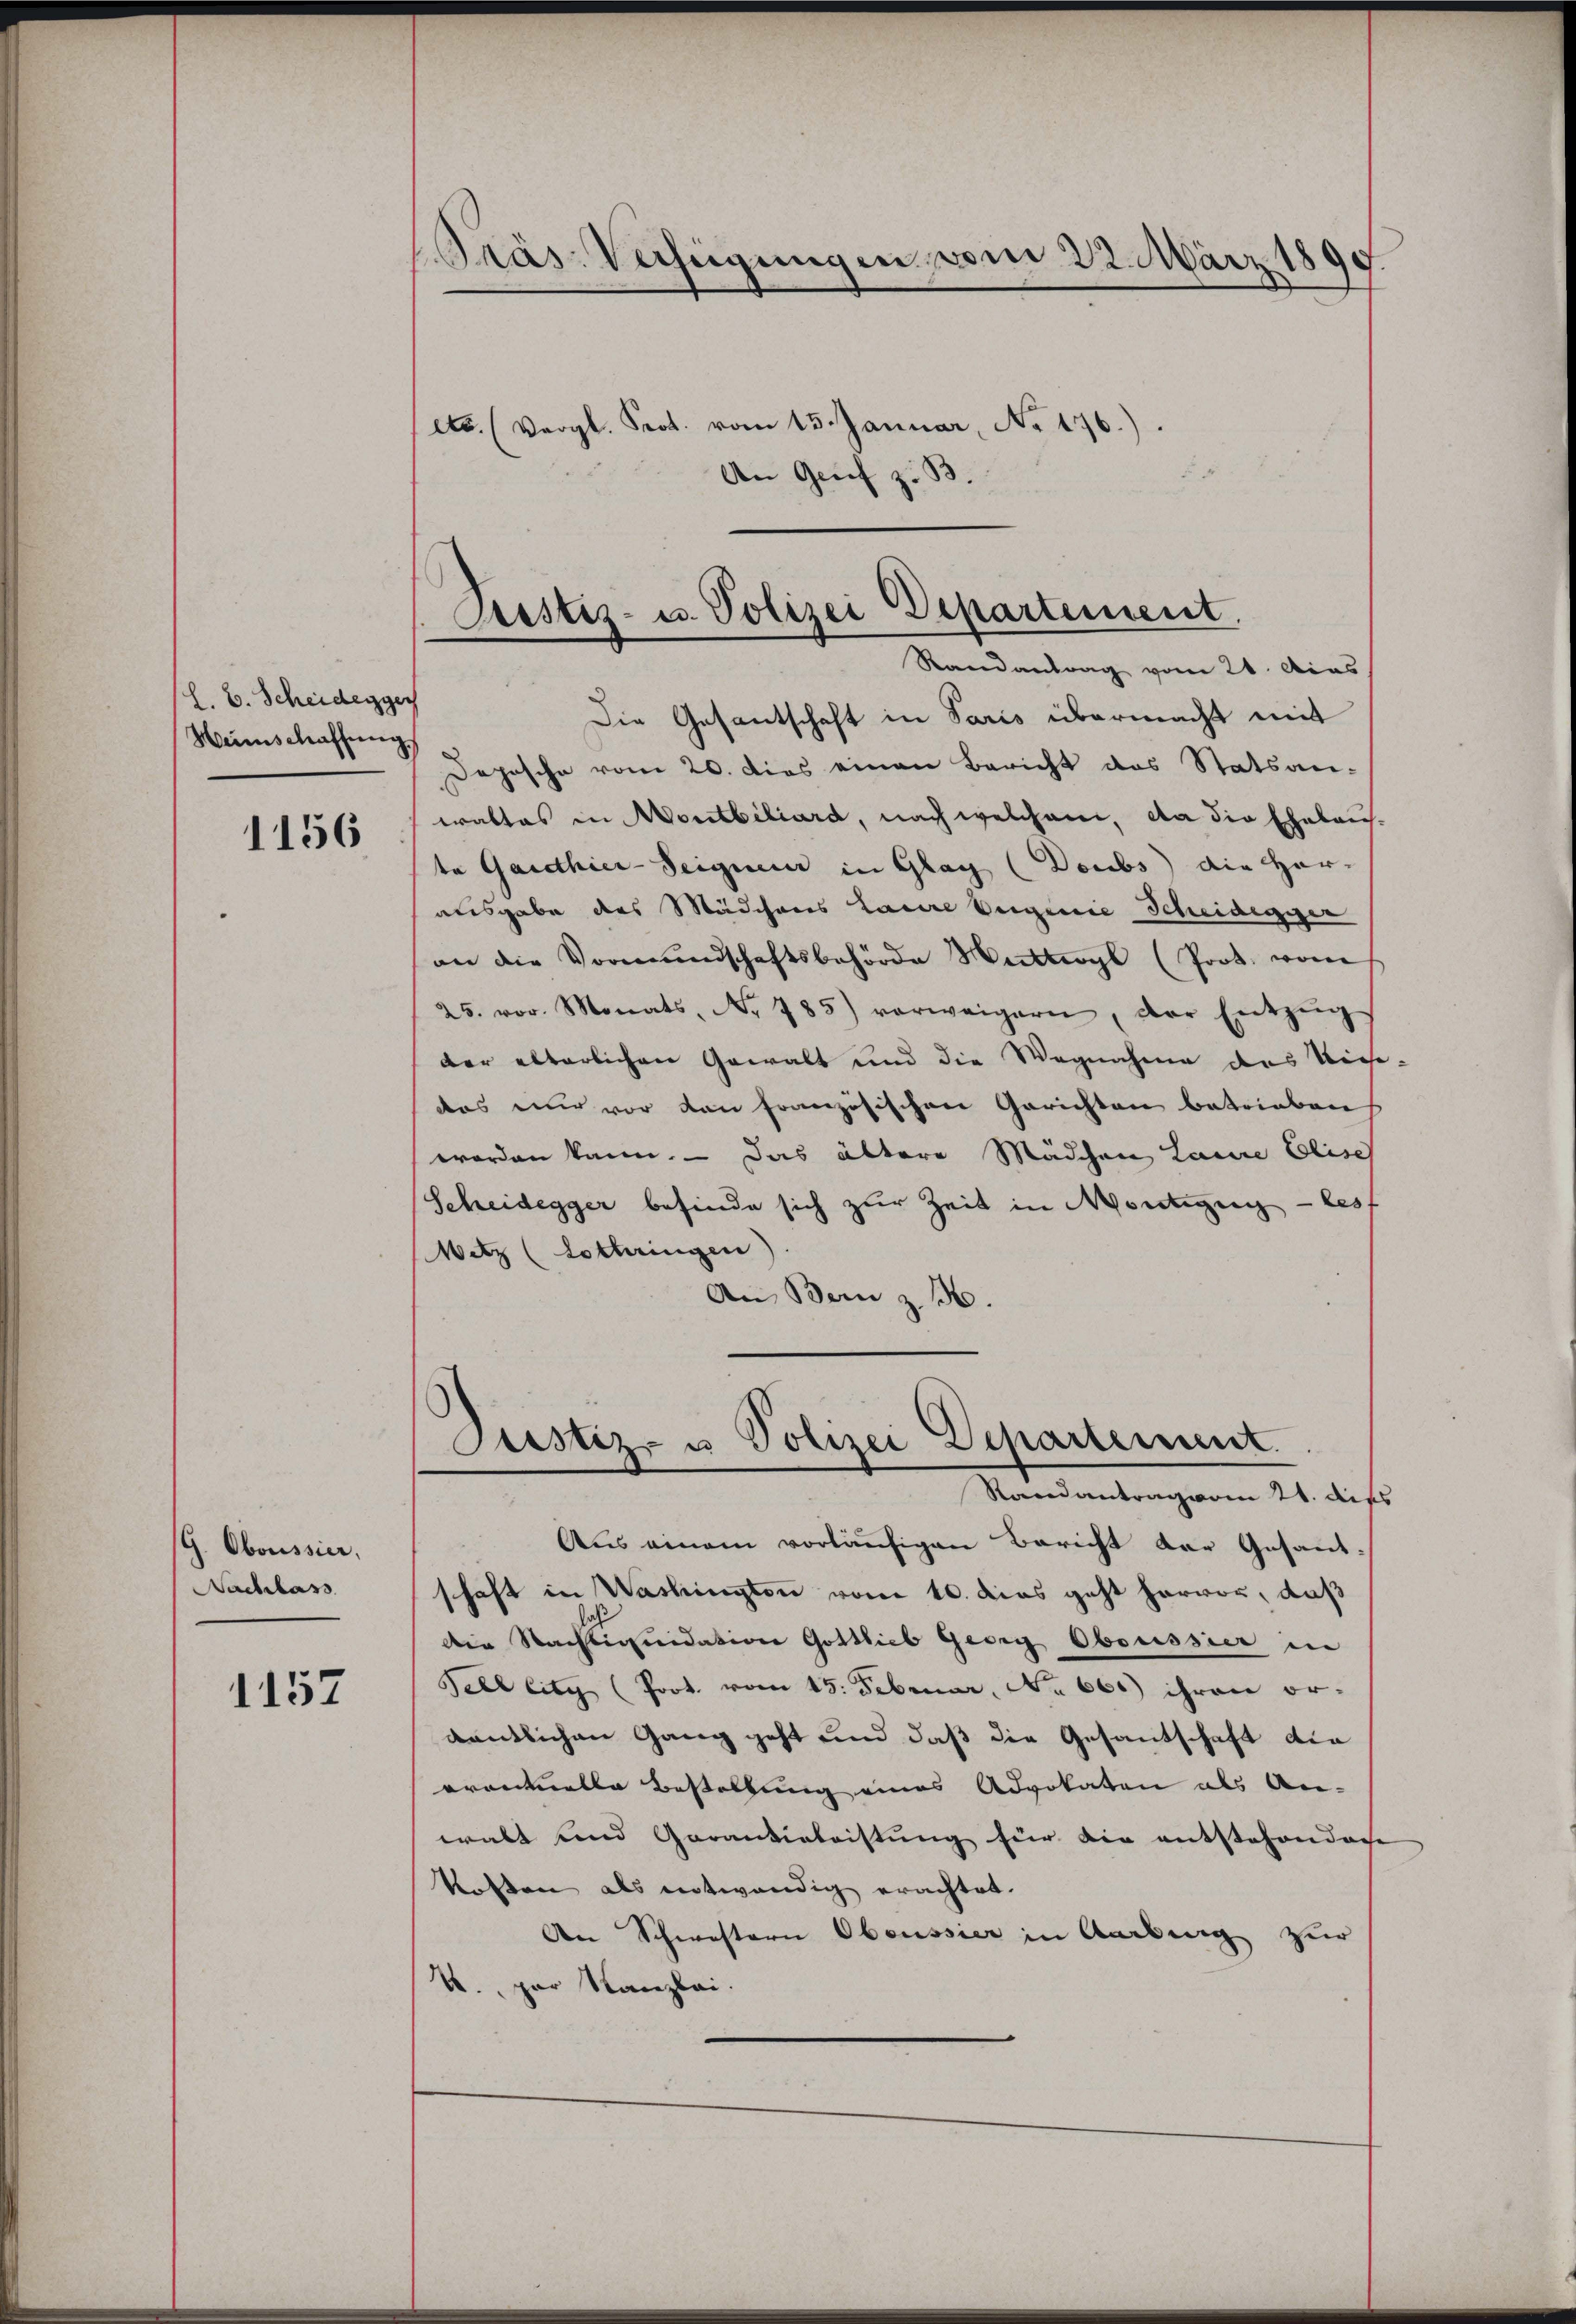
l. B. Scheidegger
Heimschaffung

1156

G. Oboussier,
Nachlass

1157

PGräs: Verfügungen vom 22. März 1899

ets. (Vergl. Prot. vom 15. Januar, No 176.)
2
An Grif z. B.

Pustiz- u. Polizei Departement.
Randantrag vom 21. Acas

Die Gesantschaft in Paris übermacht mit
Depesche vom 20. Dies einen Bericht das Statsan-
waltes in Montbiliard, nach welchem, da die Ehelaus-
te Garethier-Seigneur in Glag (Doubs die Herausgabe das Mädchens Laure Verginie Scheidegier
an die Vormŭndschaftsbehörde Mittwyl (Prot. vom
25. vor. Monats Nr. 785) vorweigern, der Entzŭg
der alterlichen Gewalt und die Wegnahme des Vice-
das nur vor den französischen Gerichten betrieben
worden kann. — Das ältere Mädchen Laure Elisch
Scheidegger befinde sich zur Zeit in Mortigung — les
Witz (Lothringen)
An Bern z. B.
Justiz- u Polizei Departement
Randantrag vom 21. dies
Aus einem vorläufigen Bericht der Gesant
schaft in Washington vom 10. dies geht hervor, daß
die Sachstiquidation Gottlieb Georg Oboussier in
Tell Eity (Prot. vom 15. Februar, No 66) ihren or-
dentlichen Gang geht und daß die Gesantschaft die
vrancelle Bestellung eines Advokaten als An-
walt und Garantieleistung für die entstehendoce
kosten als entwendig erachtet.
An Schwestern Obeussier in Aarburg zur
U., par Kanzlei.